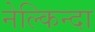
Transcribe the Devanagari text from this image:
नेल्किन्दा